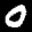
Label: 0